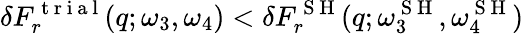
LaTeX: \delta F_{r}^{\mathrm{~t~r~i~a~l~}}(q;\omega_{3},\omega_{4})<\delta F_{r}^{\mathrm{~S~H~}}(q;\omega_{3}^{\mathrm{~S~H~}},\omega_{4}^{\mathrm{~S~H~}})